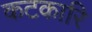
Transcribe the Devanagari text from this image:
कटकारि